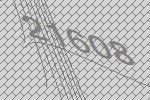
21608